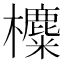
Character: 𣟸